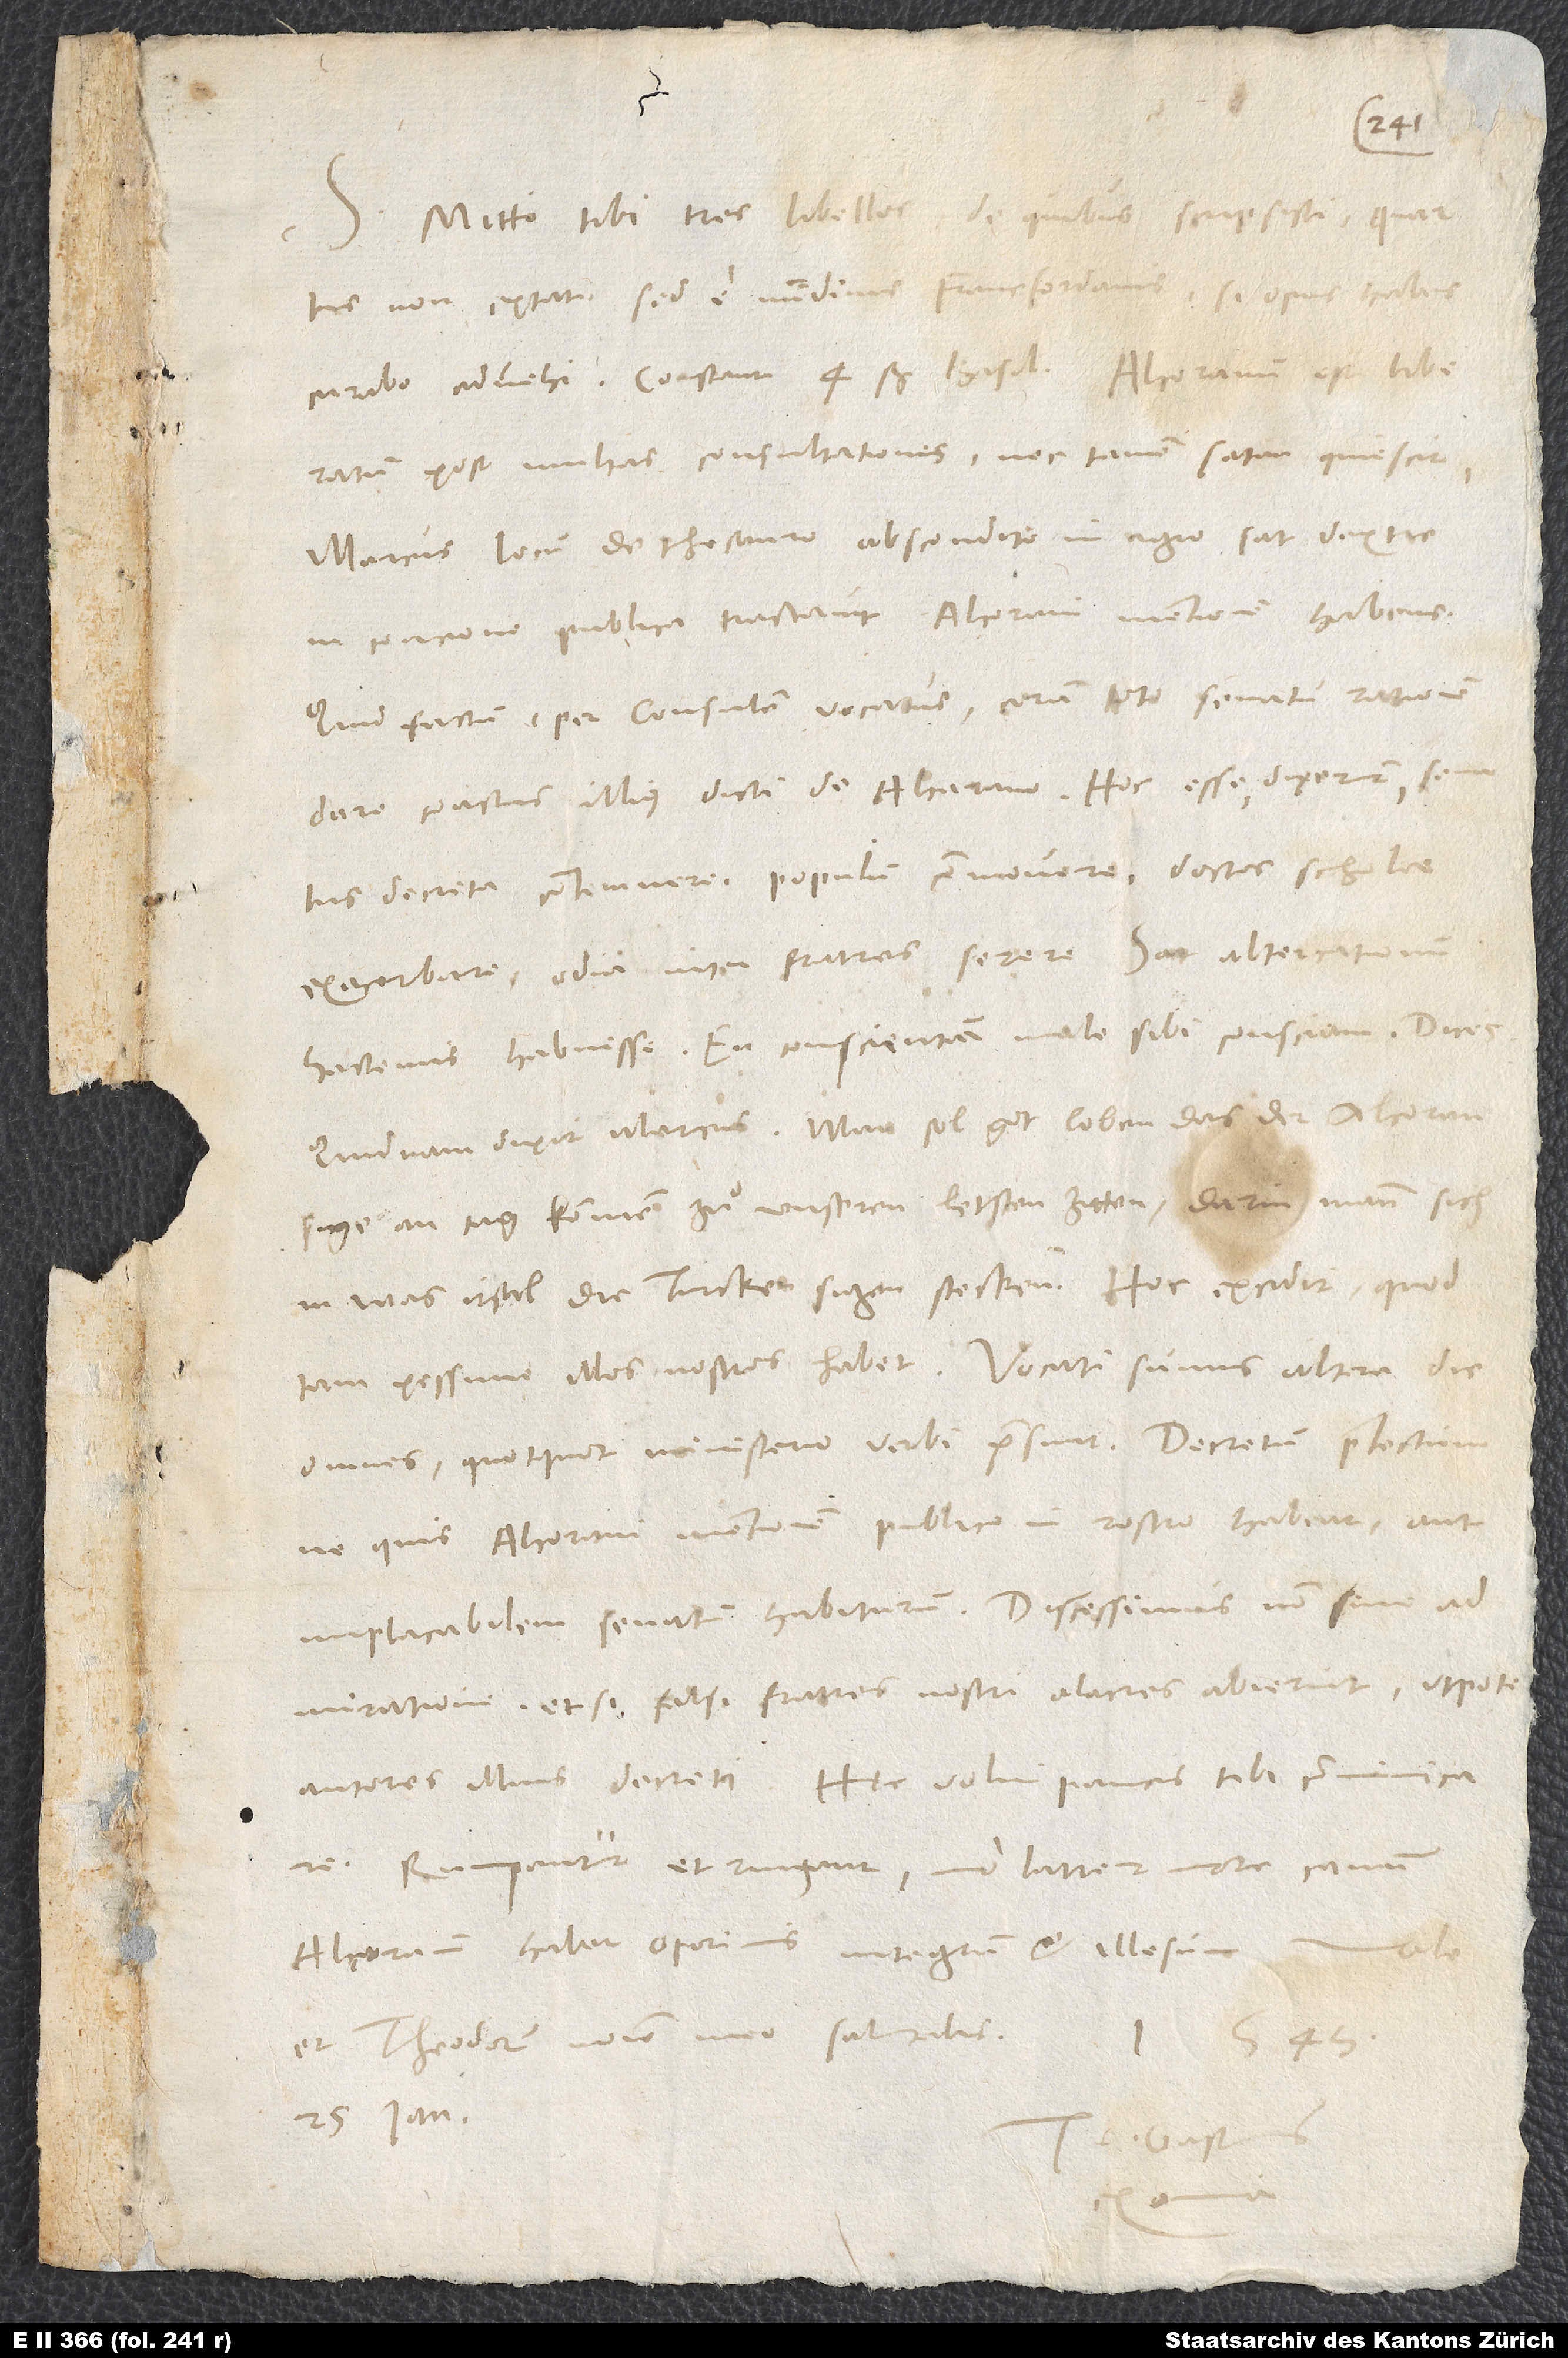
Mitto tibi tres libellos, de quibus scripsisti. Quartus
non extat, sed e nundinis Francfordianis, si opus habes,
curabo advehi; constant 4 ß Basil. Alcoranum est liberatum
post multas consultationes, nec tamen satan quiescit.
Marcus locum de thesauro abscondito in agro sat dextre
in concione publica tractavit Alcorani mentionem habens.
Quid factum? Per consulem vocatus coram toto senatu rationem
decreta contemnere, populum commovere, doctos scholae
exacerbare, odia inter fratres serere; sat altercationum
hactenus habuisse. En conscientiam male sibi consciam. Dices:
„Quidnam dixit Marcus?“ Man sol got loben, das der Alcoran
sige an tag kommen zuͦ unseren letsten zitten, darin mann sich,
in was irsal die Turken sigen steckenn. Hoc excidit, quod
tam pessime illos nostros habet. Vocati sumus altera die
omnes, quotquot ministerio verbi praesunt. Decretum praelectum,
ne quis Alcorani mentionem publice in rostro habeat, aut
implacabilem senatum habiturum. Discessimus non sine
admiratione, etsi falsi fratres nostri alacres abierint utpote
autores illius decreti. Hęc volui paucis tibi communicare.
Rumpantur et ringant, imo latrent more canum
Alcoranum habet Oporinus integrum et illesum.
et Theodorum nomine meo salutabis. 1543,
25. ianuarii.